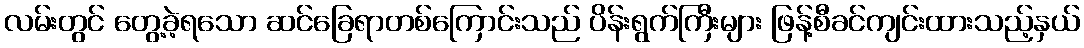
လမ်းတွင် တွေ့ခဲ့ရသော ဆင်ခြေရာတစ်ကြောင်းသည် ပိန်းရွက်ကြီးများ ဖြန့်စီခင်ကျင်းထားသည့်နှယ်